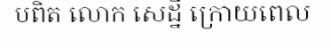
បពិត លោក សេដ្នី ក្រោយពេល